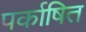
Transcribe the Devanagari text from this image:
पर्काषित